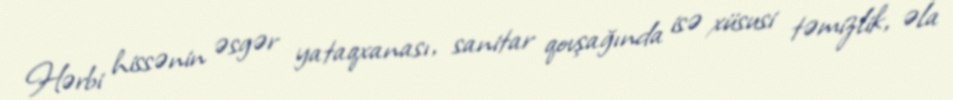
Hərbi hissənin əsgər yataqxanası, sanitar qovşağında isə xüsusi təmizlik, əla